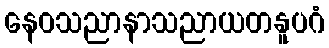
နေဝသညာနာသညာယတနူပဂံ